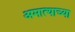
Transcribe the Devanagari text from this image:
अमात्याच्या